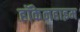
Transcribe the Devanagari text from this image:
हॉकेनहाइम